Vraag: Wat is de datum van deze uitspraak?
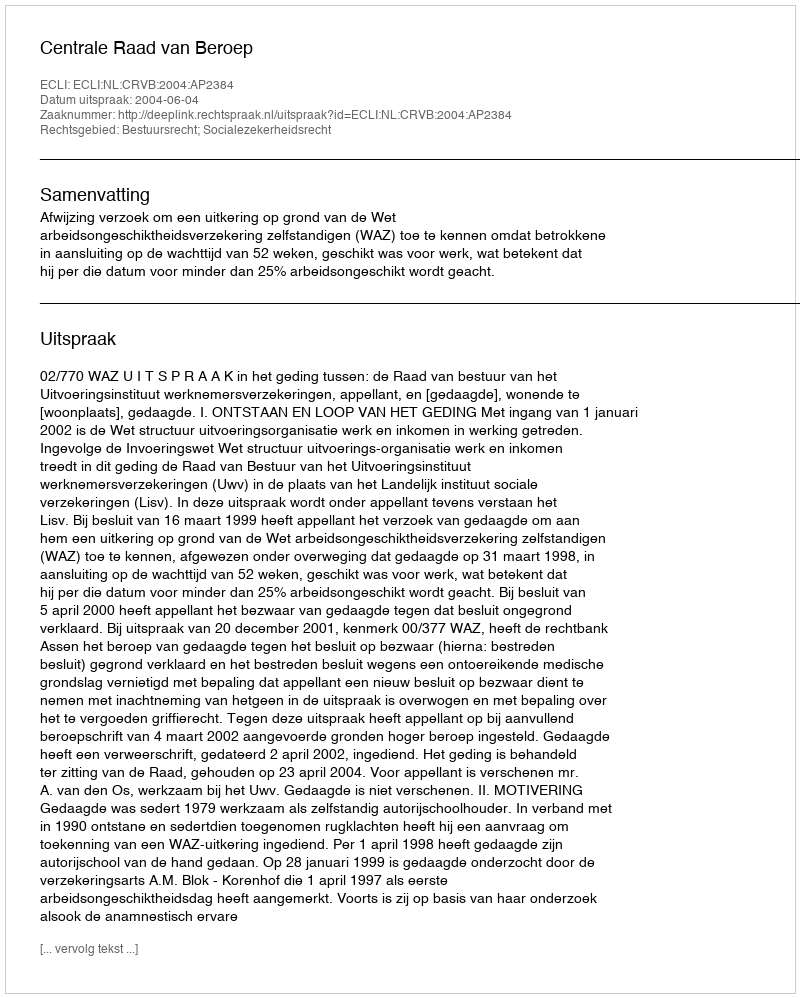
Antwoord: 2004-06-04